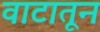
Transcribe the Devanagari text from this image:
वाटातून